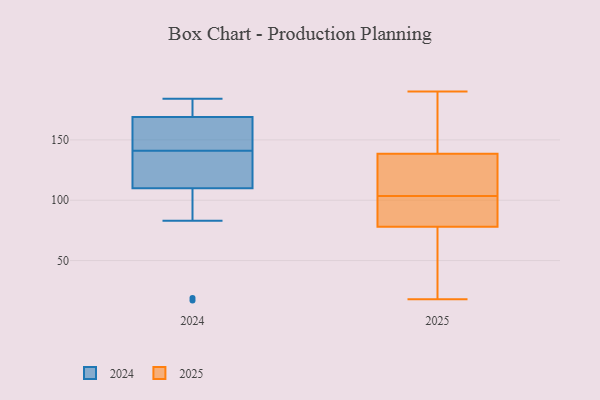
{"axis": {"x": "Churn Rate (%)", "y": "Value"}, "legend": ["2024", "2025"], "data": [{"x": "", "y": 109, "type": "2025"}, {"x": "", "y": 43, "type": "2025"}, {"x": "", "y": 98, "type": "2025"}, {"x": "", "y": 72, "type": "2025"}, {"x": "", "y": 87, "type": "2025"}, {"x": "", "y": 157, "type": "2025"}, {"x": "", "y": 113, "type": "2025"}, {"x": "", "y": 123, "type": "2025"}, {"x": "", "y": 62, "type": "2025"}, {"x": "", "y": 190, "type": "2025"}, {"x": "", "y": 159, "type": "2025"}, {"x": "", "y": 92, "type": "2025"}, {"x": "", "y": 84, "type": "2025"}, {"x": "", "y": 137, "type": "2025"}, {"x": "", "y": 140, "type": "2025"}, {"x": "", "y": 18, "type": "2025"}, {"x": "", "y": 58, "type": "2025"}, {"x": "", "y": 86, "type": "2025"}, {"x": "", "y": 113, "type": "2025"}, {"x": "", "y": 180, "type": "2025"}, {"x": "", "y": 17, "type": "2024"}, {"x": "", "y": 133, "type": "2024"}, {"x": "", "y": 182, "type": "2024"}, {"x": "", "y": 184, "type": "2024"}, {"x": "", "y": 166, "type": "2024"}, {"x": "", "y": 134, "type": "2024"}, {"x": "", "y": 122, "type": "2024"}, {"x": "", "y": 148, "type": "2024"}, {"x": "", "y": 167, "type": "2024"}, {"x": "", "y": 173, "type": "2024"}, {"x": "", "y": 83, "type": "2024"}, {"x": "", "y": 19, "type": "2024"}, {"x": "", "y": 169, "type": "2024"}, {"x": "", "y": 110, "type": "2024"}]}